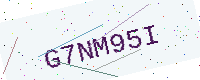
Text: G7NM95I